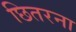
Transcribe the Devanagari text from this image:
छितरना